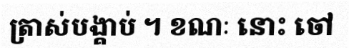
ត្រាស់បង្គាប់ ។ ខណៈ នោះ ចៅ